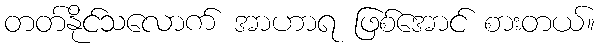
တတ်နိုင်သလောက် အာဟာရ ဖြစ်အောင် စားတယ်။